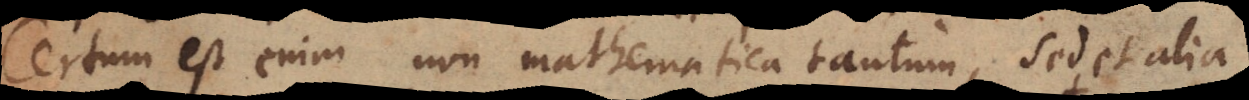
Certum est enim non mathematica tantum, sed et alia